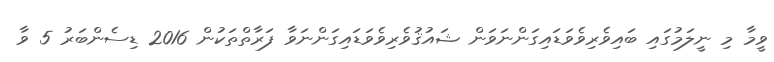
ވީމާ މި ނީލަމުގައި ބައިވެރިވެވަޑައިގަންނަވަން ޝައުޤުވެރިވެވަޑައިގަންނަވާ ފަރާތްތަކުން 2016 ޑިސެންބަރު 5 ވާ